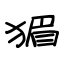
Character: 猸